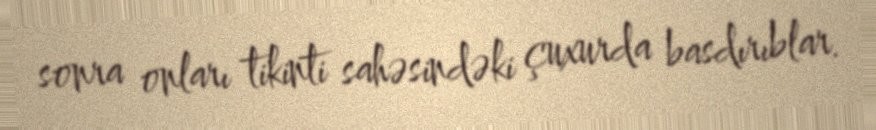
sonra onları tikinti sahəsindəki çuxurda basdırıblar.